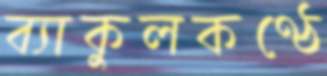
ব্যাকুলকণ্ঠে